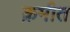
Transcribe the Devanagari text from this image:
क्रमीत